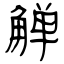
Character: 觯